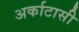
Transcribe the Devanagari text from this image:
अर्काटासी